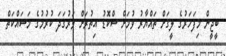
ބީޖީން މިފަހަރުގެ ލީގަށް ތައްޔާރު ވުމަށް ސްކޮޑު އިތުރަށް ވަރުގަދަ ކުރުމުގެ މަސައްކަތް